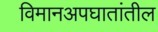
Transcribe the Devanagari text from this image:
विमानअपघातांतील